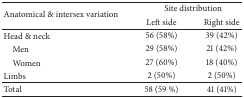
| <ROWSPAN=2> Anatomical & intersex variation | <COLSPAN=2> Site distribution |
 | Left side | Right side |
 | --- | --- | --- |
 | Head & neck | 56 (58%) | 39 (42%) |
 | Men | 29 (58%) | 21 (42%) |
 | Women | 27 (60%) | 18 (40%) |
 | Limbs | 2 (50%) | 2 (50%) |
 | Total | 58 (59 %) | 41 (41%) |